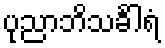
ပုညာဘိသင်္ခါရံ